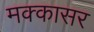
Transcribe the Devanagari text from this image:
मक्कासर